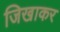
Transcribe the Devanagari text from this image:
जिखाकर